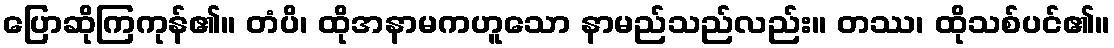
ပြောဆိုကြကုန်၏။ တံပိ၊ ထိုအနာမကဟူသော နာမည်သည်လည်း။ တဿ၊ ထိုသစ်ပင်၏။